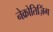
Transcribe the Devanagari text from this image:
नेक्रोतिज़िंग